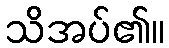
သိအပ်၏။